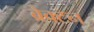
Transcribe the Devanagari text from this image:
ब्रेक्टन